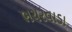
ભચરવાડા